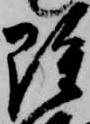
雖